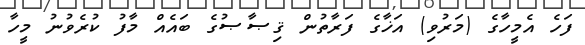
ފަހެ އެމީހާގެ (މަރުވި) އަޚާގެ ފަރާތުން ޤިޞާޞުގެ ބައެއް މާފު ކުރެވުނު މީހާ